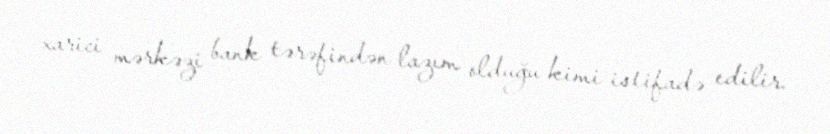
xarici mərkəzi bank tərəfindən lazım olduğu kimi istifadə edilir.